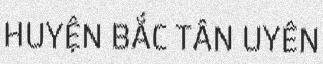
HUYỆN BẮC TÂN UYÊN